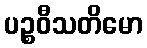
ပဉ္စဝီသတိမော